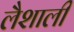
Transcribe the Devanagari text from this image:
लैशाली